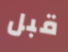
قبل